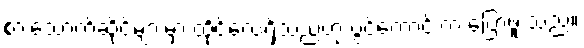
စားသောက်ဆိုင်များမှာ ထိုင်လေ့ရှိသည်ဟု ပွင့်ကောင်းက ပြောဖူးသည်။